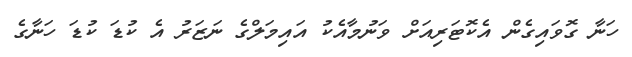
ހަނާ ގޮވައިގެން އެކޮޓަރިއަށް ވަނުމާއެކު އައިމަލްގެ ނަޒަރު އެ ކުޑަ ކުޑަ ހަނާގެ